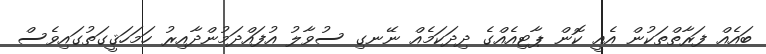
ބައެއް ފަރާތްތަކުން އެއީ ކޮން ޕާޓިއެއްގެ ދިދަކަމެއް ނޭނގި ސުވާލު އުފައްދަމުންދާއިރު ހަމަހަޤީގަތުގައިވެސް